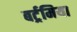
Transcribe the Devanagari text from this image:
बर्ट्रमिया